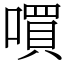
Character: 嘪